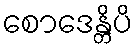
စောဒေန္တိပိ